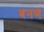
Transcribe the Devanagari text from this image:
बनणं